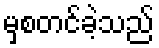
မှစတင်ခဲ့သည်